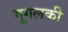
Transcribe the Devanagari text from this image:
गूगलकी